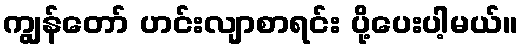
ကျွန်တော် ဟင်းလျာစာရင်း ပို့ပေးပါ့မယ်။